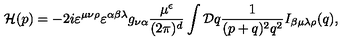
{ \cal H } ( p ) = - 2 i \varepsilon ^ { \mu \nu \rho } \varepsilon ^ { \alpha \beta \lambda } g _ { \nu \alpha } \frac { \mu ^ { \epsilon } } { ( 2 \pi ) ^ { d } } \int { \cal D } q \frac { 1 } { ( p + q ) ^ { 2 } q ^ { 2 } } I _ { \beta \mu \lambda \rho } ( q ) ,